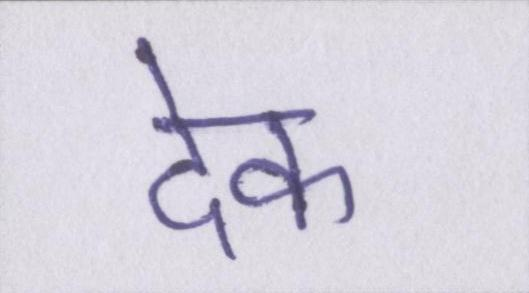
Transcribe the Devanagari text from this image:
देक